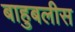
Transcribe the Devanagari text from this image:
बाहुबलीस